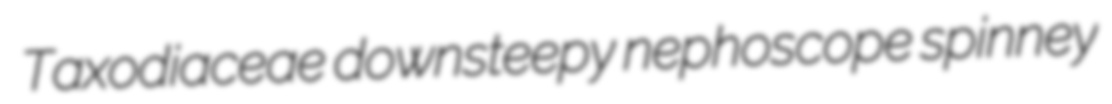
Taxodiaceae downsteepy nephoscope spinney